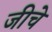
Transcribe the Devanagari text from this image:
जीचे